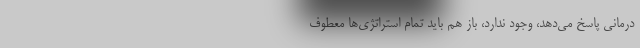
درمانی پاسخ می‌دهد، وجود ندارد، باز هم باید تمام استراتژی‌ها معطوف